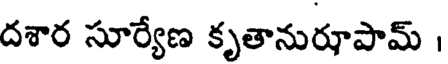
దశార సూర్యేణ కృతానురూపామ్